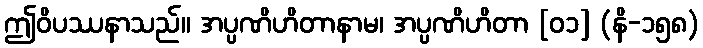
ဤဝိပဿနာသည်။ အပ္ပဏိဟိတာနာမ၊ အပ္ပဏိဟိတာ [၀၁] (နိ-၁၅၈)